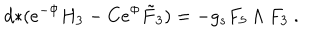
LaTeX: d { * } ( e ^ { - \Phi } H _ { 3 } - C e ^ { \Phi } \tilde { F } _ { 3 } ) = - g _ { s } F _ { 5 } \wedge F _ { 3 } \ .